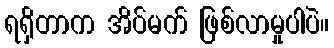
ရရှိတာက အိပ်မက် ဖြစ်လာမှုပါပဲ။